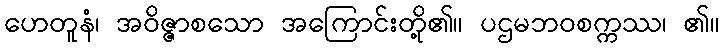
ဟေတူနံ၊ အဝိဇ္ဇာစသော အကြောင်းတို့၏။ ပဌမဘဝစက္ကဿ၊ ၏။